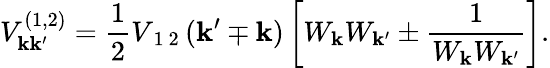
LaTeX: V_{\mathbf{k}\mathbf{k}^{\prime}}^{(1,2)}=\frac{1}{2}V_{\mathrm{~1~2~}}(\mathbf{k}^{\prime}\mp\mathbf{k})\left[W_{\mathbf{k}}W_{\mathbf{k}^{\prime}}\pm\frac{1}{W_{\mathbf{k}}W_{\mathbf{k}^{\prime}}}\right].